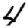
Digit: 4